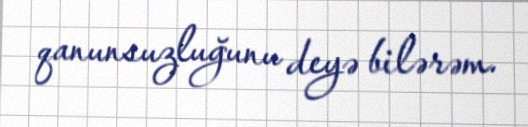
qanunsuzluğunu deyə bilərəm.